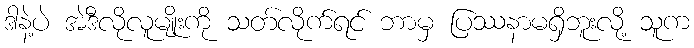
ဒါနဲ့ပဲ အဲဒီလိုလူမျိုးကို သတ်လိုက်ရင် ဘာမှ ပြဿနာမရှိဘူးလို့ သူက